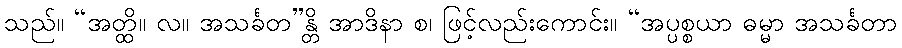
သည်။ “အတ္ထိ။ လ။ အသင်္ခတ”န္တိ အာဒိနာ စ၊ ဖြင့်လည်းကောင်း။ “အပ္ပစ္စယာ ဓမ္မာ အသင်္ခတာ